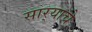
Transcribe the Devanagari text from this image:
सार्‍याचे